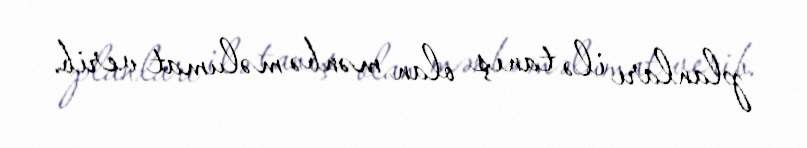
planları ilə tanış olan mənbə məlumat verib.